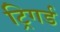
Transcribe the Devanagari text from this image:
ट्रिगर्ड